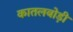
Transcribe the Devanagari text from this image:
कातलबोड़ी